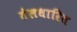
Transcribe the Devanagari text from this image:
तेलधारित